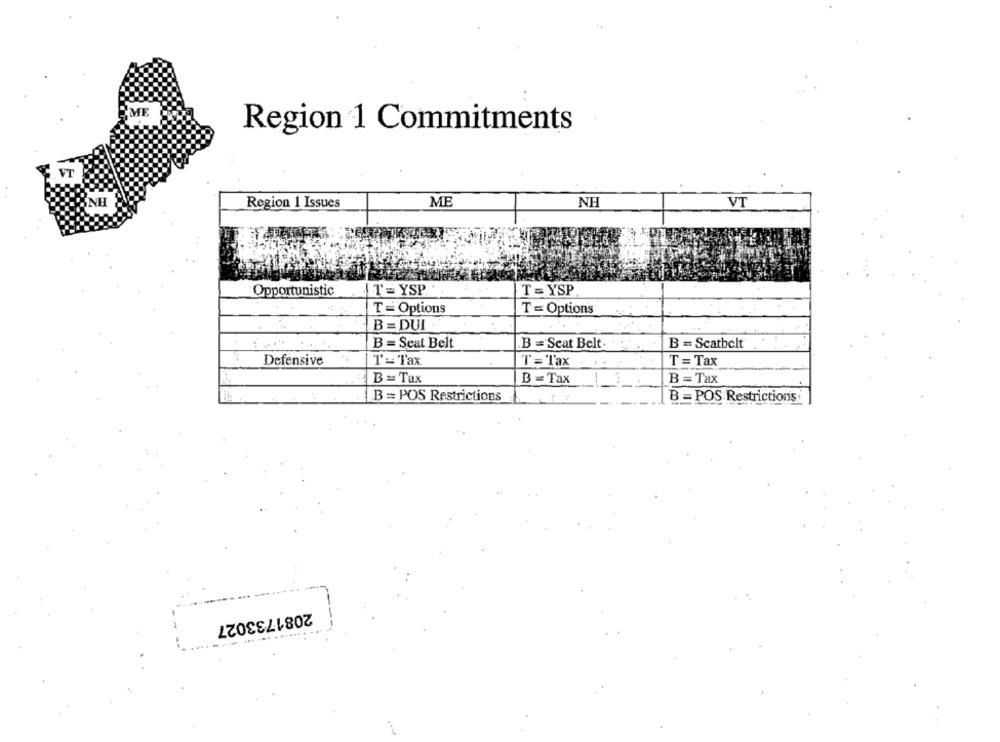
PME
Region 1 Commitments
ÖNH
Region 1 Issues
ME
NF
VT
Opportunistic
T = YSP
T = YSP
T = Options
T = Options
B = DUI
B = Seat Belt
B = Scat Belt
B = Seatbelt
Defensive
T = Tax
T= Tax
T = Tax
B = Tax
B =Tax
B = Tax
B = POS Restrictions
B = POS Restrictions
2081733027